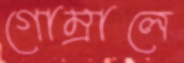
গোম্‌রালে